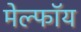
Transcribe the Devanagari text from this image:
मेल्फॉय